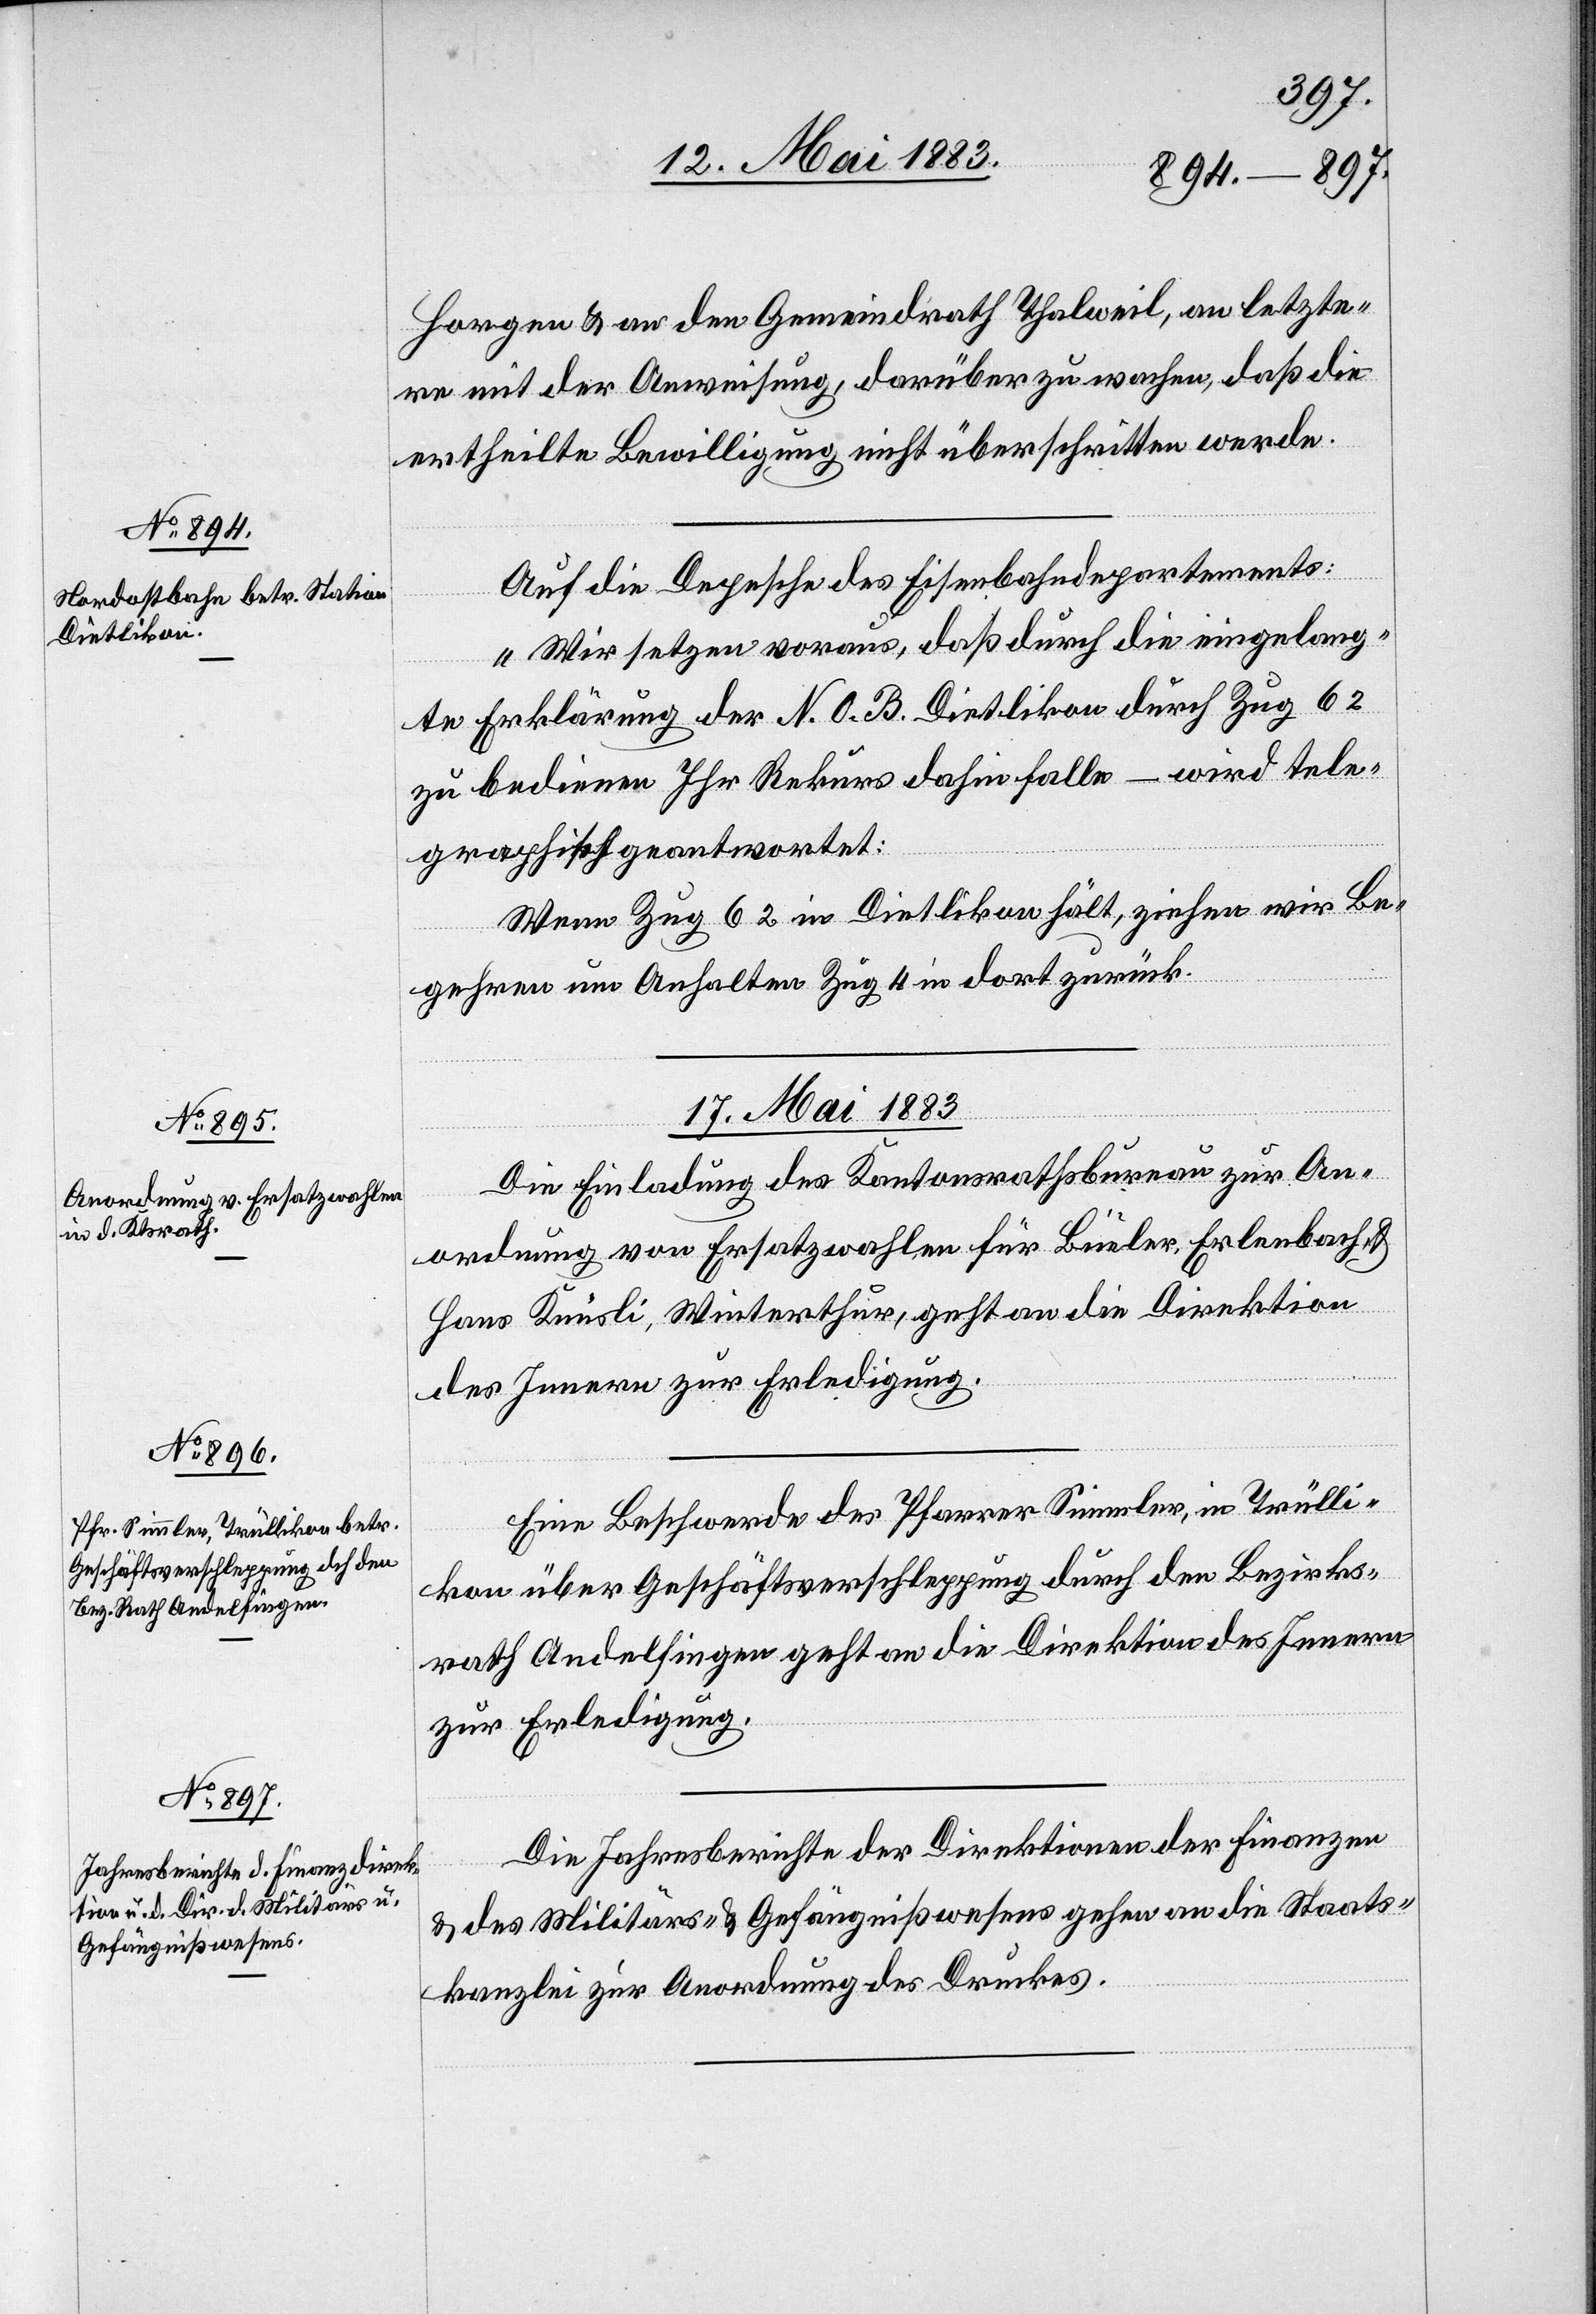
Horgen & an den Gemeindrath Thalweil, an letzte¬
re mit der Anweisung, darüber zu wachen, daß die
ertheilte Bewilligung nicht überschritten werde.
Auf die Depesche des Eisenbahndepartements:
„Wir setzen voraus, daß durch die eingelang¬
te Erklärung der N. O. B. Dietlikon durch Zug 62
zu bedienen Ihr Rekurs dahinfalle – wird tele¬
graphisch geantwortet:
Wenn Zug 62 in Dietlikon hält, ziehen wir Be¬
gehren um Anhalten Zug 4 in dort zurück.
17. Mai 1883.]
Die Einladung des Kantonsrathsbureau zur An¬
ordnung von Ersatzwahlen für Büeler, Erlenbach &
Hans Knüsli, Winterthur, geht an die Direktion
des Innern zur Erledigung.
Eine Beschwerde des Pfarrer Simmler, in Trülli¬
kon über Geschäftsverschleppung durch den Bezirks¬
rath Andelfingen geht an die Direktion des Innern
zur Erledigung.
Die Jahresberichte der Direktion der Finanzen
& des Militärs- & Gefängnißwesens gehen an die Staats¬
kanzlei zur Anordnung des Druckes.